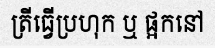
ត្រីធ្វើប្រហុក ឬ ផ្អកនៅ